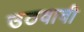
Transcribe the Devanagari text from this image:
उठवावी